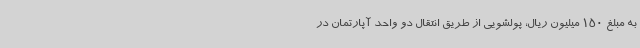
به مبلغ 150 میلیون ریال، پولشویی از طریق انتقال دو واحد آپارتمان در